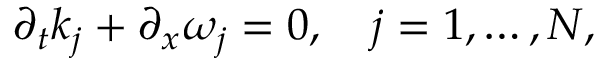
\partial _ { t } k _ { j } + \partial _ { x } \omega _ { j } = 0 , \quad j = 1 , \dots , N ,